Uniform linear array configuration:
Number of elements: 12
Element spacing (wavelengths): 0.25
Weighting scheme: kaiser
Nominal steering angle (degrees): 15
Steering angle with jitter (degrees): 15.43
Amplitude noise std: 0.05
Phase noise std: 0.05

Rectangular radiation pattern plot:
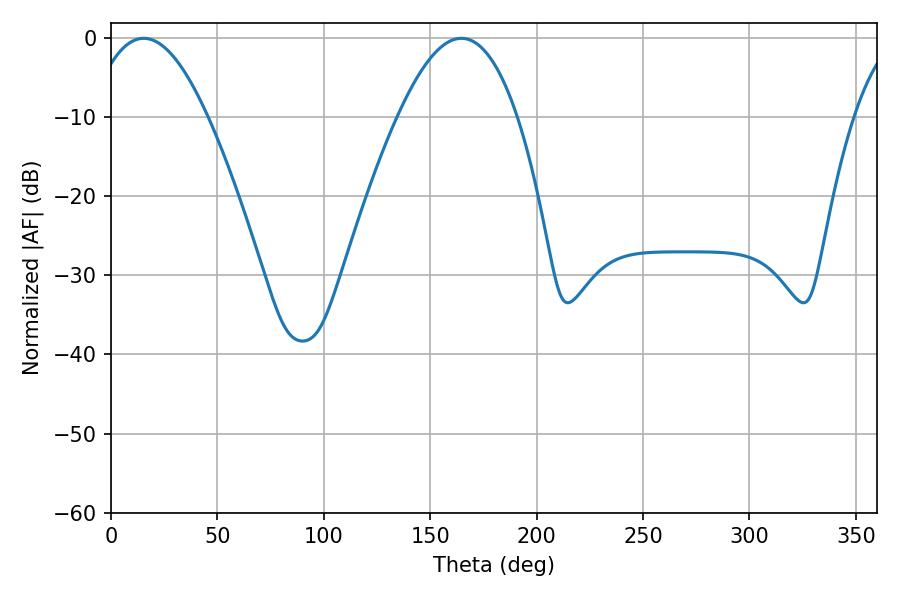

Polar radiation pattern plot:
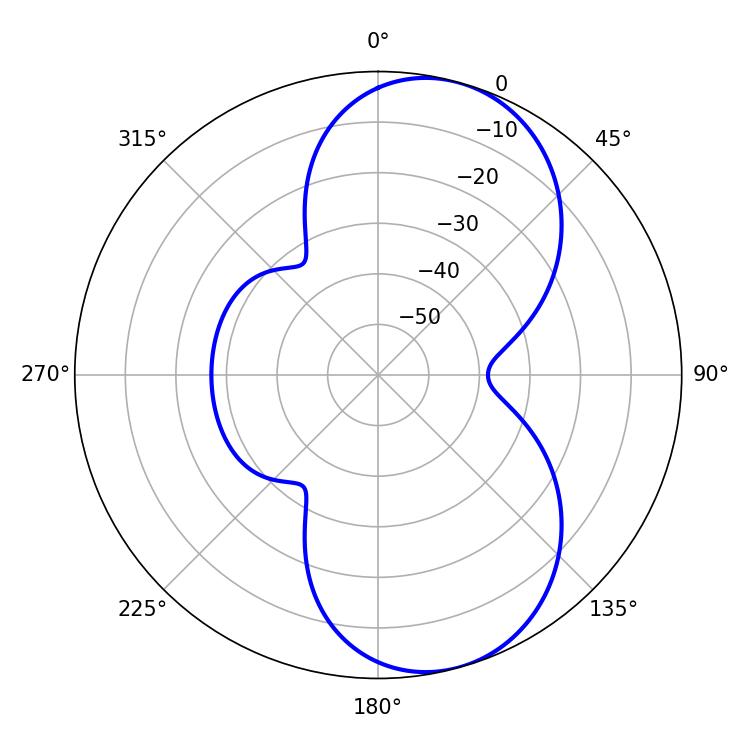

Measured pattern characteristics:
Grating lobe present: FALSE
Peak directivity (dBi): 7.973
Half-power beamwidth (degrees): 30.78
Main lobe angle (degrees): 15.3